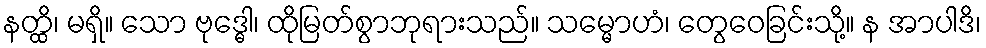
နတ္ထိ၊ မရှိ။ သော ဗုဒ္ဓေါ၊ ထိုမြတ်စွာဘုရားသည်။ သမ္မောဟံ၊ တွေဝေခြင်းသို့။ န အာပါဒိ၊